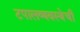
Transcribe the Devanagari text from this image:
टपालव्यवस्थेची